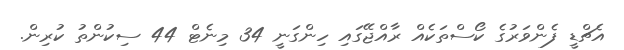
އެޗްޑީ ފެންވަރުގެ ކޯސްތަކެއް ރާއްޖޭގައި ހިންގަނީ 34 މިނެޓް 44 ސިކުންތު ކުރިން.